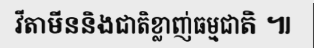
វីតាមីននិងជាតិខ្លាញ់ធម្មជាតិ ៕